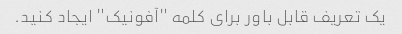
یک تعریف قابل باور برای کلمه "آفونیک" ایجاد کنید.